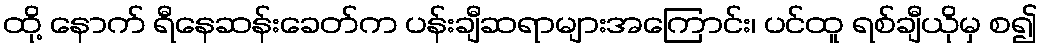
ထို့ နောက် ရီနေဆန်းခေတ်က ပန်းချီဆရာများအကြောင်း၊ ပင်ထူ ရစ်ချီယိုမှ စ၍